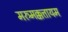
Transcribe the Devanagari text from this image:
मरुमक्कत्तायम